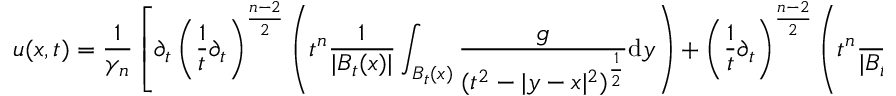
u ( x , t ) = { \frac { 1 } { \gamma _ { n } } } \left[ \partial _ { t } \left( { \frac { 1 } { t } } \partial _ { t } \right) ^ { \frac { n - 2 } { 2 } } \left( t ^ { n } { \frac { 1 } { | B _ { t } ( x ) | } } \int _ { B _ { t } ( x ) } { \frac { g } { ( t ^ { 2 } - | y - x | ^ { 2 } ) ^ { \frac { 1 } { 2 } } } } \mathrm { d } y \right) + \left( { \frac { 1 } { t } } \partial _ { t } \right) ^ { \frac { n - 2 } { 2 } } \left( t ^ { n } { \frac { 1 } { | B _ { t } ( x ) | } } \int _ { B _ { t } ( x ) } { \frac { h } { ( t ^ { 2 } - | y - x | ^ { 2 } ) ^ { \frac { 1 } { 2 } } } } \mathrm { d } y \right) \right]